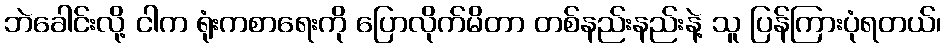
ဘဲခေါင်းလို့ ငါက ရုံးကစာရေးကို ပြောလိုက်မိတာ တစ်နည်းနည်းနဲ့ သူ ပြန်ကြားပုံရတယ်၊